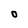
Character: O